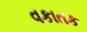
વકાતક